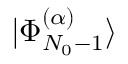
| \Phi _ { N _ { 0 } - 1 } ^ { ( \alpha ) } \rangle